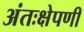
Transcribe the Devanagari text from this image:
अंतःक्षेपणी